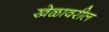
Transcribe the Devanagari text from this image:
खेळावरील